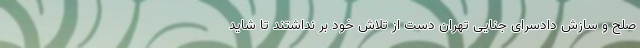
صلح و سازش دادسرای جنایی تهران دست از تلاش خود بر نداشتند تا شاید